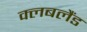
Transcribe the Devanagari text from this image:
क्लबलैंड